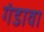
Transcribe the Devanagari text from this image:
गंडावा